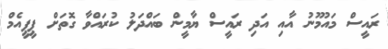
ރައީސް މައުމޫނު އާއި އަދި ރައީސް ޔާމީން ބައްދަލު ކުރައްވާ ގޮތަށް ޕީޕީއެމް